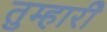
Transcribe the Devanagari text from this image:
तुम्हारीे